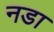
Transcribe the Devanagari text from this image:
नडा